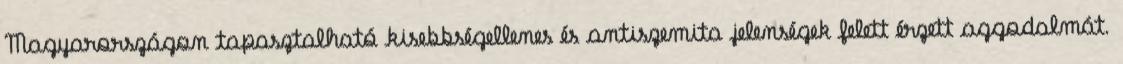
Magyarországon tapasztalható kisebbségellenes és antiszemita jelenségek felett érzett aggodalmát.